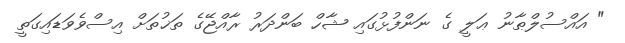
" އައްސުލްޠާނު ޢަލީ ގެ ނަންފުޅުގައި ޝާހް ބަންދަރު ރާއްޖޭގެ ތަޚުތަށް އިސްވެވަޑައިގަތީ